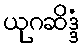
ယုဂဆိဒ္ဒံ